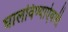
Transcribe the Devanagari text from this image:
घालविण्याऐवजी